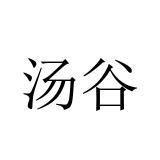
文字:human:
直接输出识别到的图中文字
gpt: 汤谷